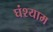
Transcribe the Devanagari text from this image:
घंश्याम